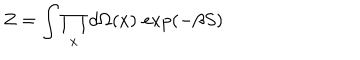
Z = \int \prod _ { x } d \Omega ( x ) \, \exp ( - \beta S )